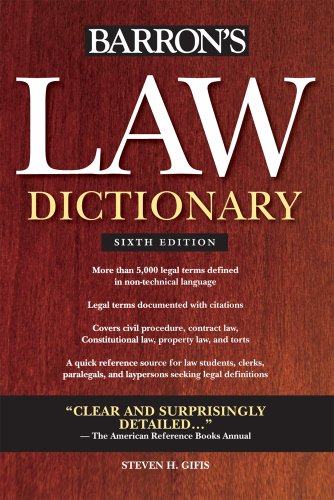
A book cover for Barron's Law Dictionary (Barron's Law Dictionary (Quality)); Steven H. Gifis; Law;